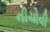
નીચોવી